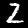
Digit: 2